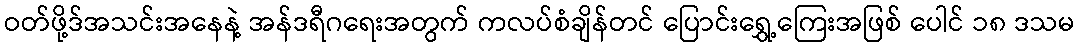
ဝတ်ဖို့ဒ်အသင်းအနေနဲ့ အန်ဒရီဂရေးအတွက် ကလပ်စံချိန်တင် ပြောင်းရွှေ့ကြေးအဖြစ် ပေါင် ၁၈ ဒသမ